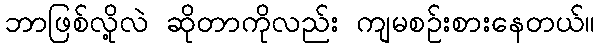
ဘာဖြစ်လို့လဲ ဆိုတာကိုလည်း ကျမစဉ်းစားနေတယ်။